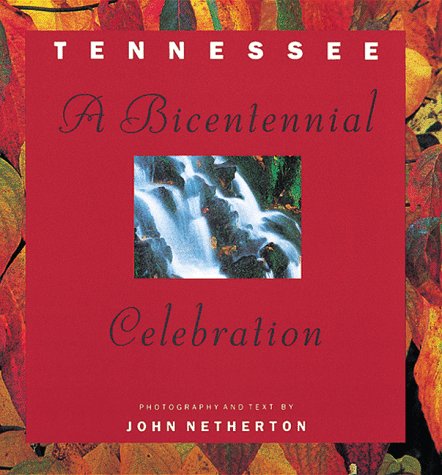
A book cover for Tennessee: A Bicentennial Celebration; John Netherton; Travel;